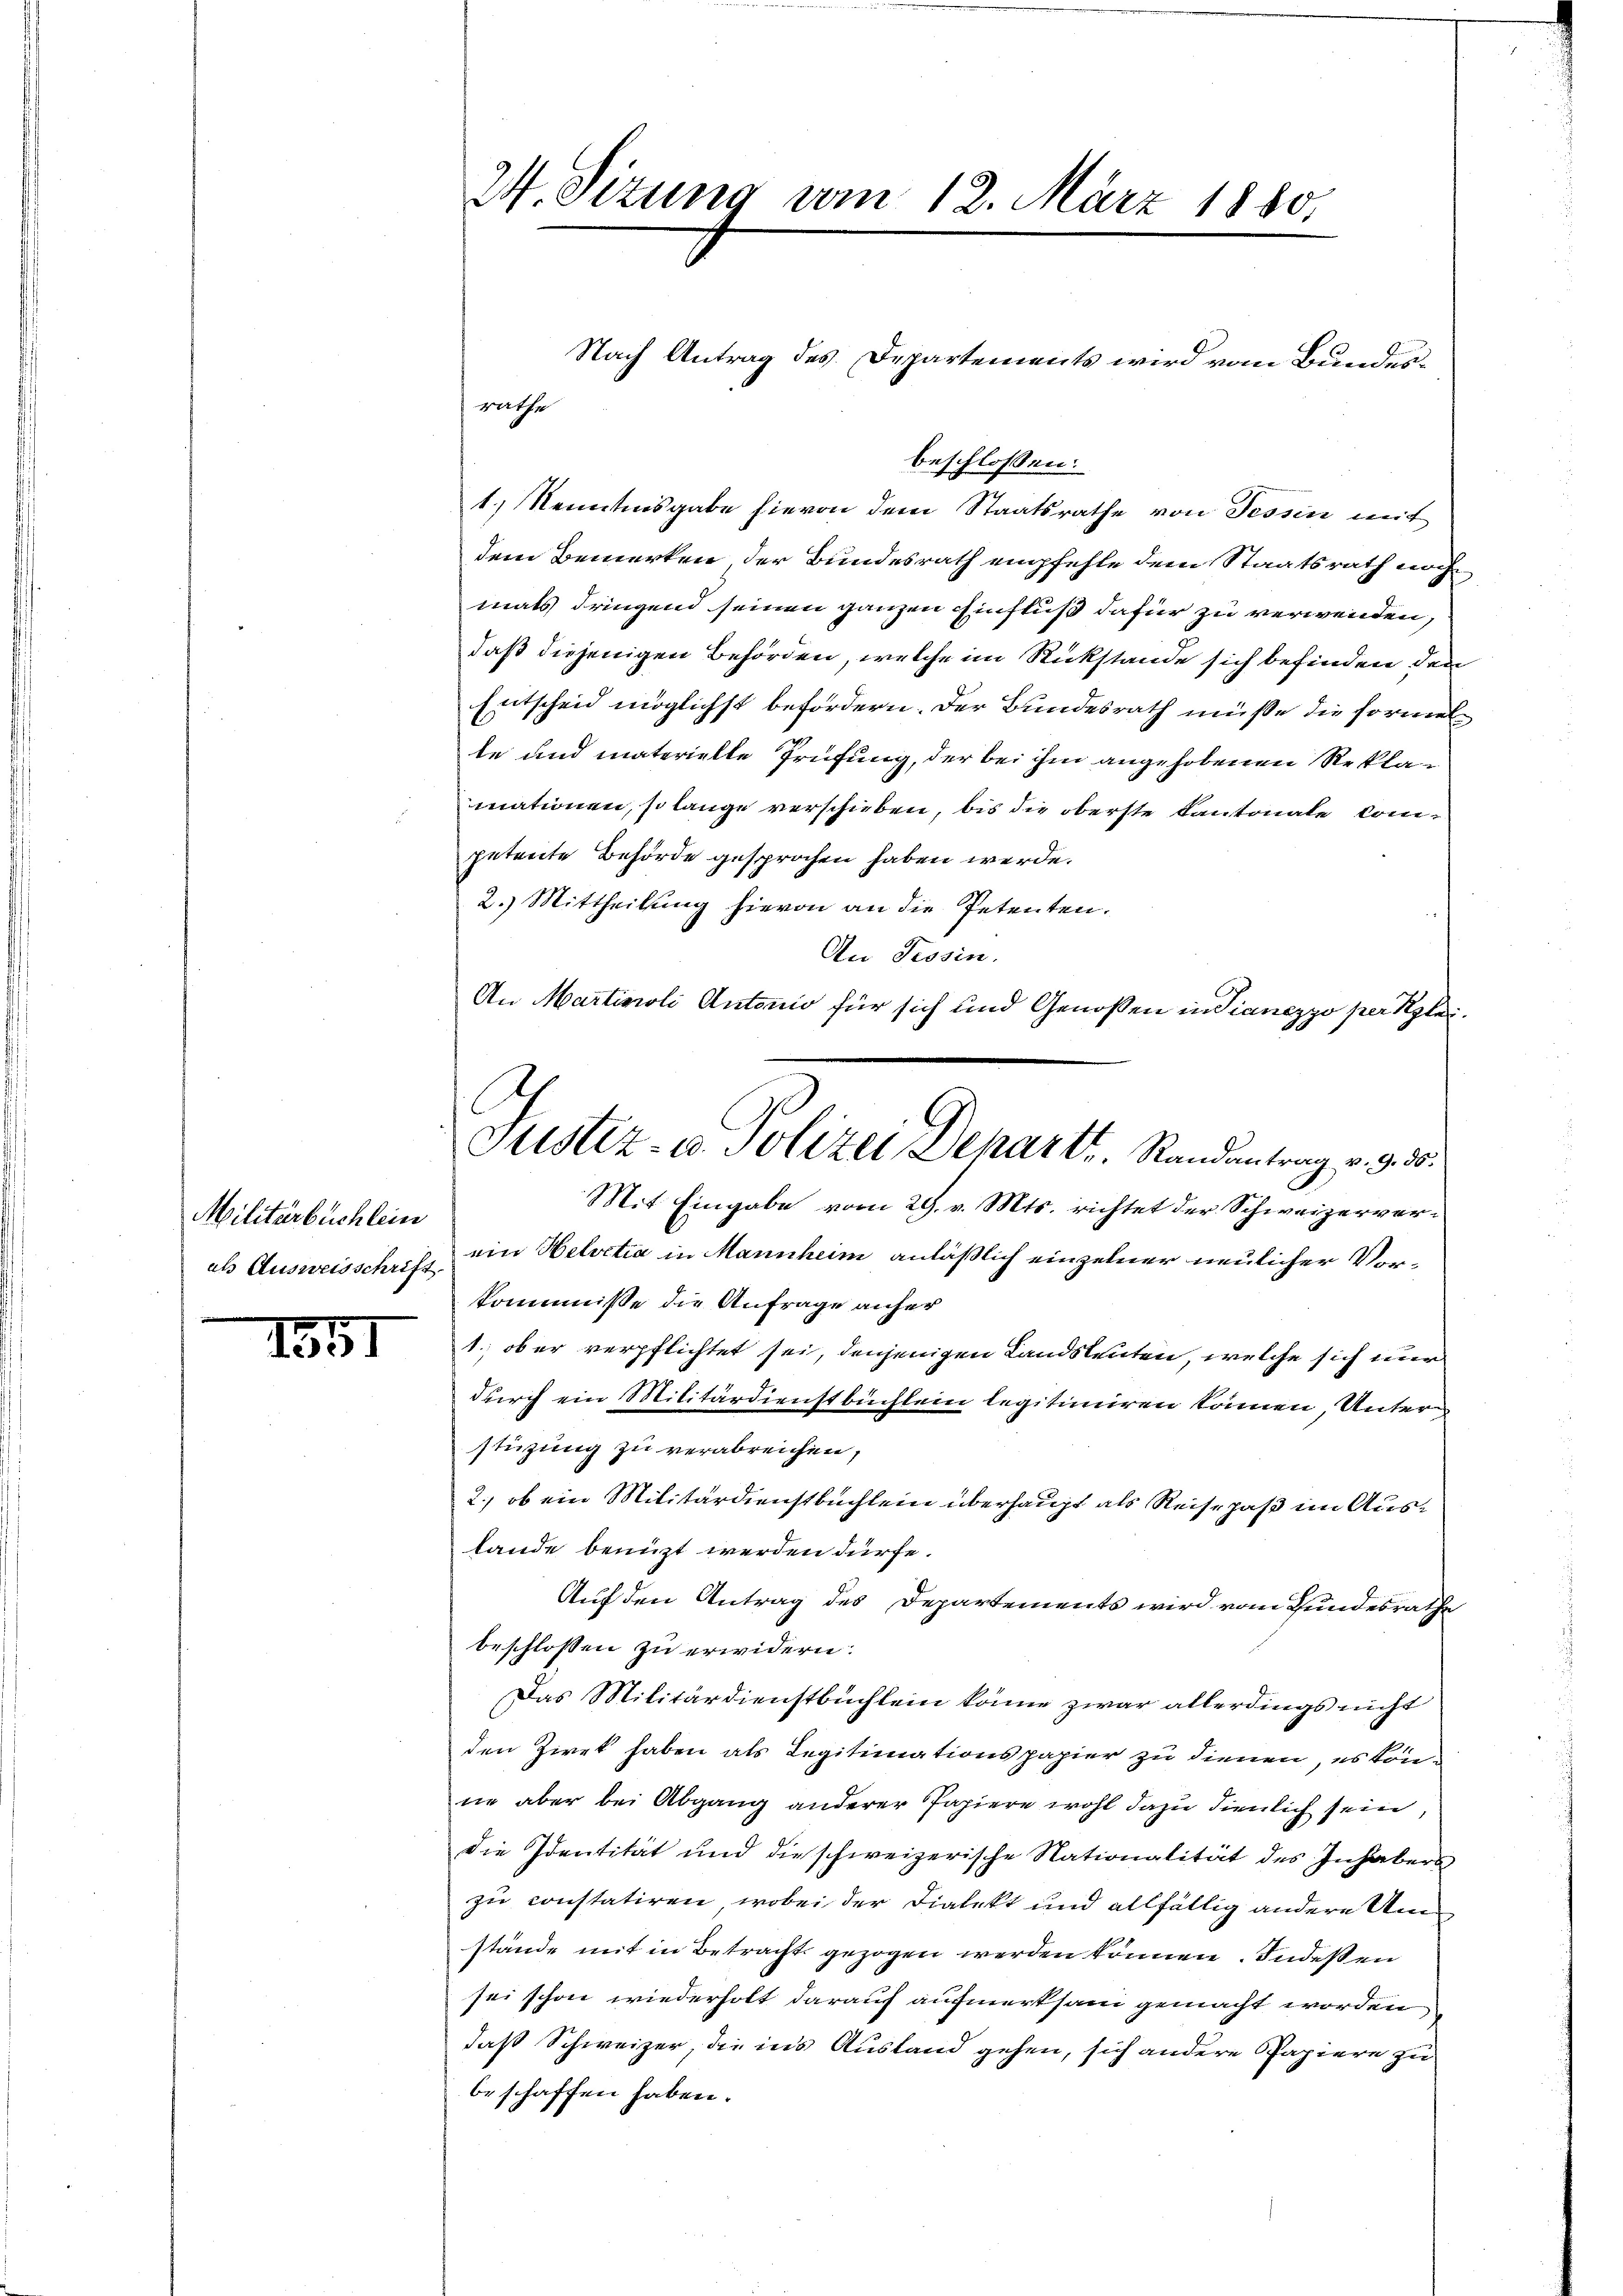
Militärbuchlein
als Ausweisschrift.

1551

24. Sizung vom 12. März 1880,

rathe

Justiz- u. Polizei Departe. Randantrag v. 9. 30.
Mit Eingabe vom 29. v. Mts. richtet der Schweizerver¬

Nach Antrag des Departements wird vom Bundesbeschlossen:
1.) Kenntnisgabe hievon dem Staatsrathe von Tessin mit
dem Bemerken, der Bundesrath empfehle dem Staatsrath noch
mals dringend seinen ganzen Einfluß dafür zu verwenden,
daß diejenigen Behörden, welche im Rückstände sich befinden den
Entscheid möglichst befördern. Der Bundesrath müße die formelte und materielle Prüfung, der bei ihm angehobenen Reklamationen, so lange verschieben, bis die oberste Kantonale Competente Behörde gesprochen haben werde.
2.) Mittheilung hievon an die Petenten.
An Tessin.
An Marticoli Antonio für sich und Genoßen in Fianezzo per Klei¬

ein Helvetia in Mannheim anläßlich einzelner neulicher Vorkommniße die Anfrage anher
1. ob er verpflichtet sei, denjenigen Landsleuten, welche sich nur
durch ein Militärdienstbüchlein legitimiren können, Unterstüzung zu verabreichen,
2., ob ein Militärdienstbuchlein überhaupt als Reise haß im Auslande benuzt werden dürfe.
Auf den Antrag des Departements wird vom Hundesrathe
beschlossen zu erwidern:
Das Militärdienstbuchlein könne zwar allerdings nicht
den Zwek haben als Legitimationspapier zu dienen, es könne aber bei Abgang anderer Papiere wohl dazu dienlich sein
die Identität und die schweizerische Nationalität des Inhabers
zu constatiren, wobei der Dialekt und allfällig andere Umstände mit in Betracht gezogen werden können. Indeßen
sei schon wiederholt darauf aufmerksam gemacht worden
daß Schweizer, die in’s Austand gehen, sich andere Papiere zu
beschaffen haben.